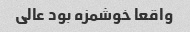
واقعا خوشمزه بود عالی